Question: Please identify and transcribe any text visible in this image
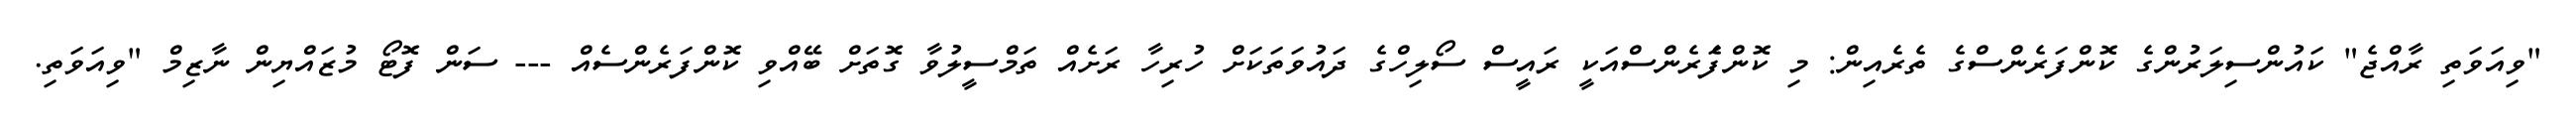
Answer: "ވިއަވަތި ރާއްޖެ" ކައުންސިލަރުންގެ ކޮންފަރެންސްގެ ތެރެއިން: މި ކޮންފެަރެންސްއަކީ ރައީސް ސޯލިހްގެ ދައުވަތަކަށް ހުރިހާ ރަށެއް ތަމްސީލުވާ ގޮތަށް ބޭއްވި ކޮންފަރެންސެއް --- ސަން ފޮޓޯ މުޒައްޔިން ނާޒިމް "ވިއަވަތި.